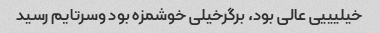
خیلیییی عالی بود، برگرخیلی خوشمزه بود وسرتایم رسید